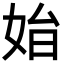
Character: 𡜗